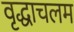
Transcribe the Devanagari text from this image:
वृद्धाचलम